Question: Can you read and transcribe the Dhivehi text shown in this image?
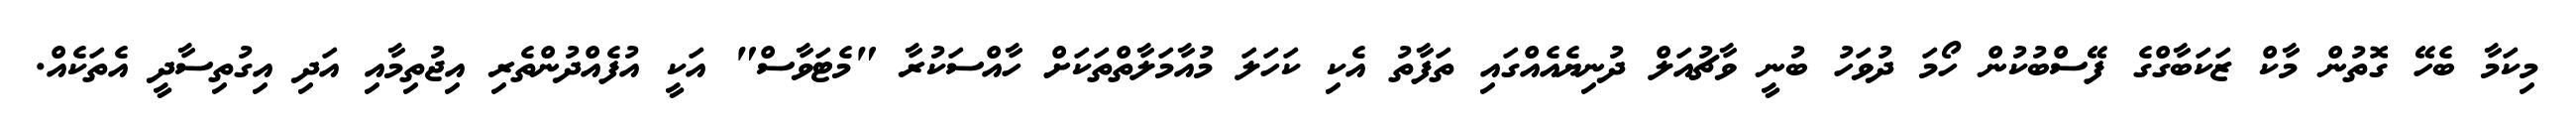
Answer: މިކަމާ ބެހޭ ގޮތުން މާކް ޒަކަބާގްގެ ފޭސްބުކުން ހޯމަ ދުވަހު ބުނީ ވާޗުއަލް ދުނިޔެއެއްގައި ތަފާތު އެކި ކަހަލަ މުއާމަލާތްތަކަށް ހާއްސަކުރާ "މެޓަވާސް" އަކީ އުފެއްދުންތެރި އިޖުތިމާއި އަދި އިގުތިސާދީ އެތަކެއް.